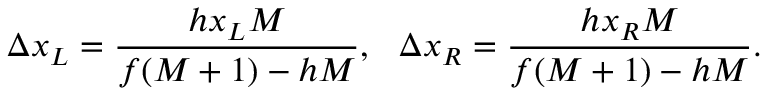
\Delta x _ { L } = \frac { h x _ { L } M } { f ( M + 1 ) - h M } , \ \ \Delta x _ { R } = \frac { h x _ { R } M } { f ( M + 1 ) - h M } .